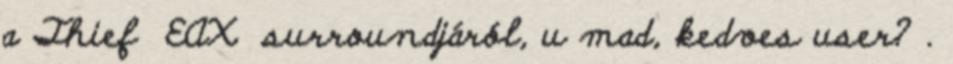
a Thief EAX surroundjáról, u mad, kedves user? .